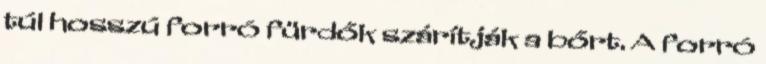
túl hosszú forró fürdők szárítják a bőrt. A forró